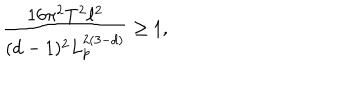
\frac { 1 6 \pi ^ { 2 } T ^ { 2 } \ell ^ { 2 } } { ( d - 1 ) ^ { 2 } L _ { p } ^ { 2 ( 3 - d ) } } \geq 1 ,